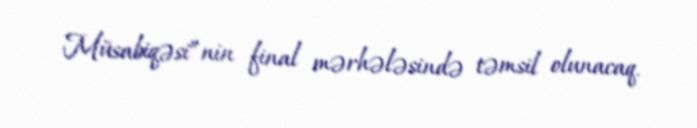
Müsabiqəsi”nin final mərhələsində təmsil olunacaq.